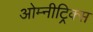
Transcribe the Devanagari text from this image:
ओम्नीट्रिक्स